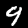
Digit: 9